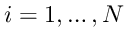
i = 1 , \ldots , N